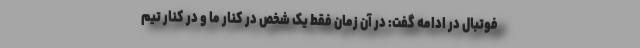
فوتبال در ادامه گفت: در آن زمان فقط یک شخص در کنار ما و در کنار تیم